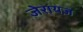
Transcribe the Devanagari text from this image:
जेरायज़